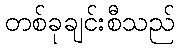
တစ်ခုချင်းစီသည်